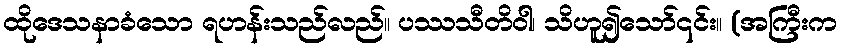
ထိုဒေသနာခံသော ရဟန်းသည်လည်။ ပဿသီတိဝါ၊ သိဟူ၍သော်၎င်း။ (အကြီးက